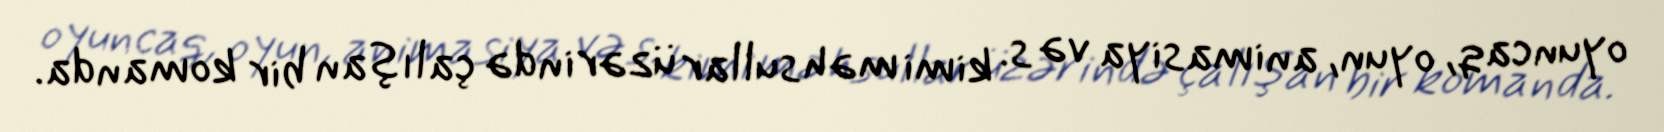
oyuncaq, oyun, animasiya və s. kimi məhsullar üzərində çalışan bir komanda.